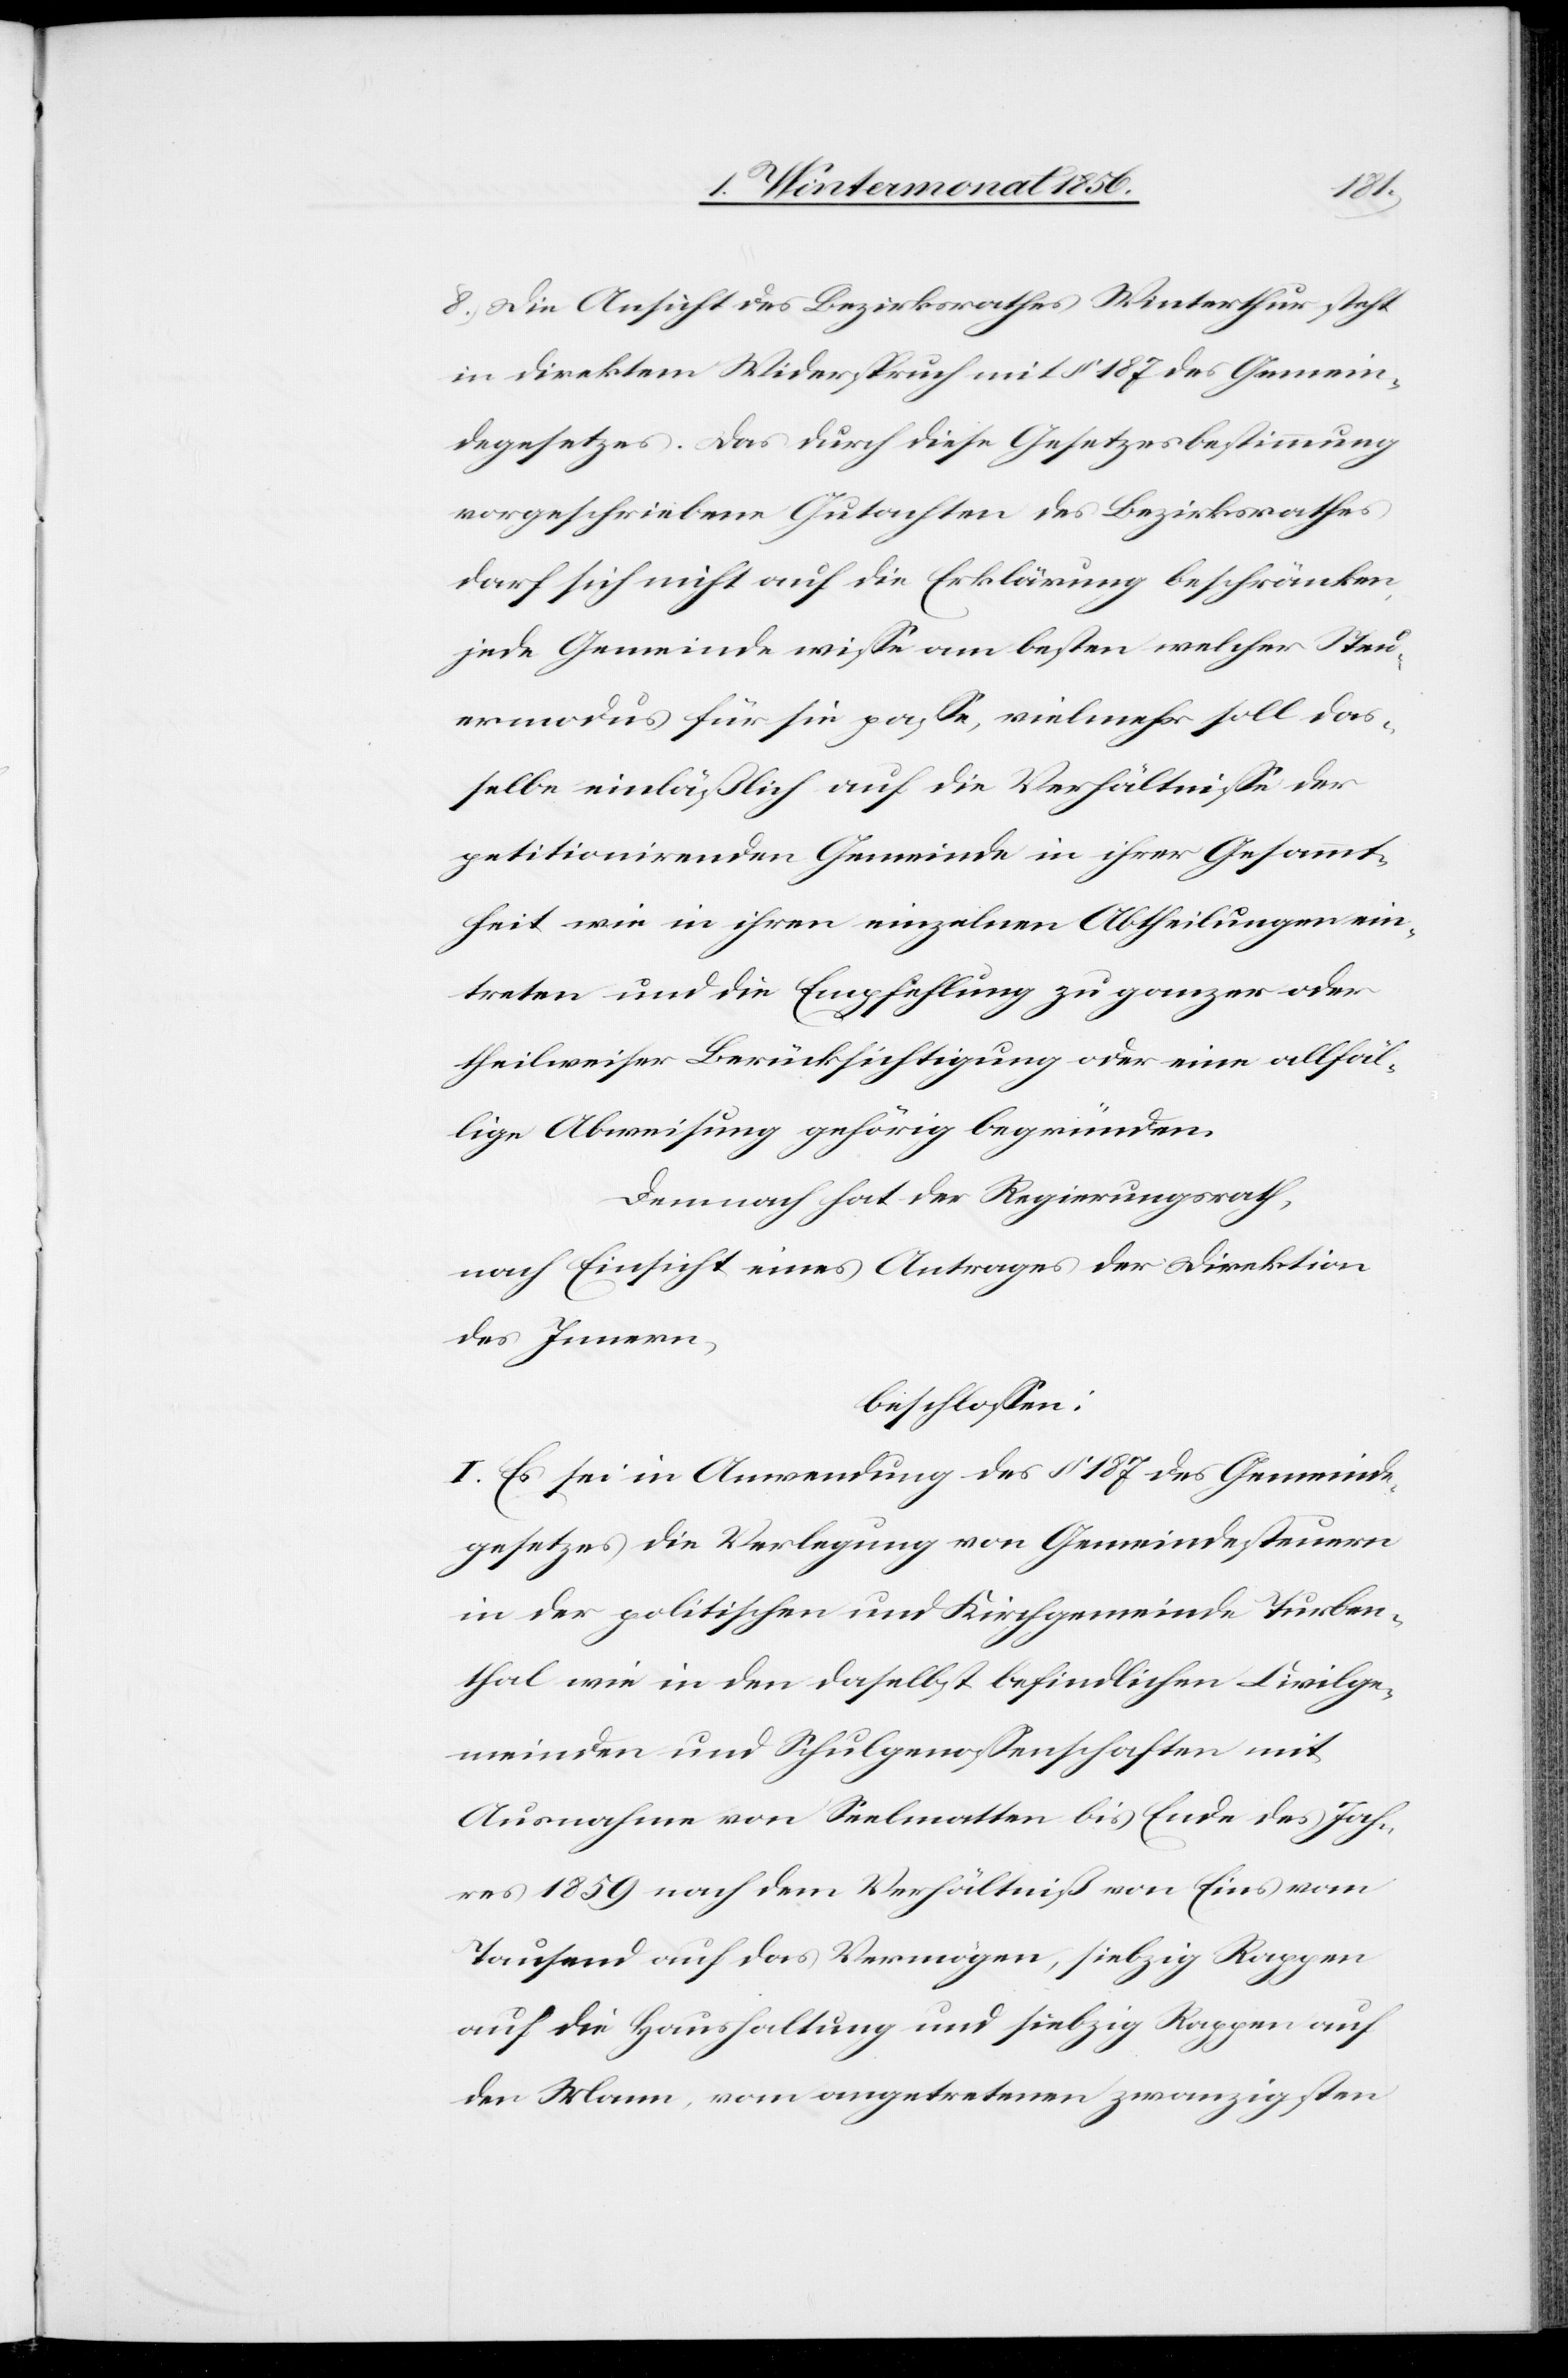
8.) Die Ansicht des Bezirksrathes Winterthur steht
in direktem Widerspruch mit § 187 des Gemein¬
degesetzes. Das durch diese Gesetzesbestimmung
vorgeschriebene Gutachten des Bezirksrathes
darf sich nicht auf die Erklärung beschränken,
jede Gemeinde wisse am besten welcher Steu¬
ermodus für sie passe, vielmehr soll das¬
selbe einläßlich auf die Verhältnisse der
petitionirenden Gemeinde in ihrer Gesammt¬
heit wie in ihren einzelnen Abtheilungen ein¬
treten und die Empfehlung zu ganzer oder
theilweiser Berücksichtigung oder eine allfäl¬
lige Abweisung gehörig begründen.
Demnach hat der Regierungsrath,
nach Einsicht eines Antrages der Direktion
des Innern,
beschlossen:
I. Es sei in Anwendung des § 187 des Gemeinde¬
gesetzes die Verlegung von Gemeindesteuern
in der politischen und Kirchgemeinde Turben¬
thal wie in den daselbst befindlichen Civilge¬
meinden und Schulgenossenschaften mit
Ausnahme von Seelmatten bis Ende des Jah¬
res 1859 nach dem Verhältniß von Eins vom
Tausend auf das Vermögen, siebzig Rappen
auf die Haushaltung und siebzig Rappen auf
den Mann, vom angetretenen zwanzigsten